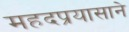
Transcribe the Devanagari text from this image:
महदप्रयासाने